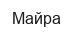
Майра